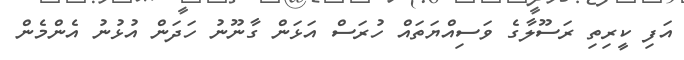
އަފި ކީރިތި ރަސޫލާގެ ވަސިއްޔަތައް ހުރަސް އަޅަން ގާނޫނު ހަދަން އުޅުނު އެންމެން